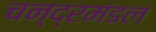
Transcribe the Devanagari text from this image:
चन्द्रमंडल